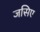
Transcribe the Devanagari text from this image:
जसिए